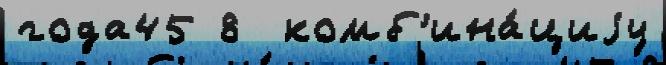
года45 8  комб'ина́циjу